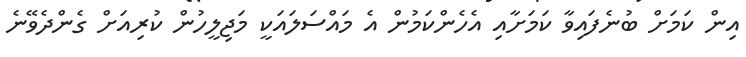
އިން ކަމަށް ބުނެފައިވާ ކަމަށާއި އެހެންކަމުން އެ މައްސަލައަކީ މަޖިލީހުން ކުރިއަށް ގެންދެވޭނެ